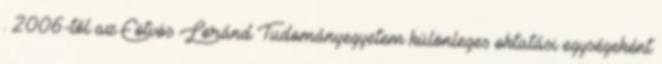
. 2006-tól az Eötvös Loránd Tudományegyetem különleges oktatási egységeként